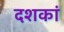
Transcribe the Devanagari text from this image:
दशकां